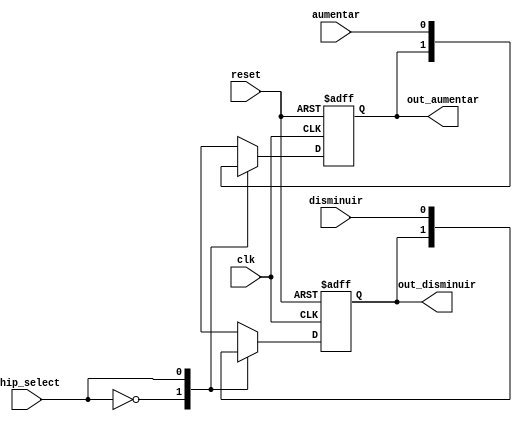
module Registro_Universal

	(
		input wire aumentar, //boton aumentar
		input wire disminuir, //boton disminuir
		input wire clk, //system clock
		input wire reset, //system reset
		input wire chip_select, //Control data
		output wire out_aumentar, //boton aumentar
		output wire out_disminuir //boton disminuir    
    );

//body

reg aumentar_actual,disminuir_actual,aumentar_next,disminuir_next;

//Combinacional
always@(posedge clk, posedge reset)
begin
	if(reset)
		begin
		aumentar_actual <= 0;
		disminuir_actual <= 0;
		end
	else
	begin
		aumentar_actual <= aumentar_next;
		disminuir_actual <= disminuir_next;
	end
end

//Secuencial
always@*
	begin
	
	case(chip_select)
	
	1'b0: //Hold
	begin
	aumentar_next = aumentar_actual;
	disminuir_next = disminuir_actual;
	end
	1'b1: //Load
	begin
	aumentar_next = aumentar;
	disminuir_next = disminuir;
	end
	endcase
	
	end

assign out_aumentar = aumentar_actual;
assign out_disminuir = disminuir_actual;

endmodule